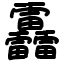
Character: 靐